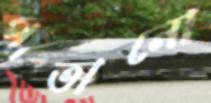
পাতানো